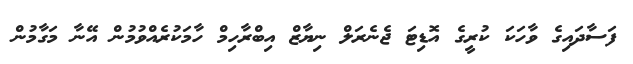
ފަސާދައިގެ ވާހަކަ ކުރީގެ އޮޑިޓަ ޖެނެރަލް ނިޔާޒް އިބްރާހިމް ހާމަކުރެއްވުމުން އޭނާ މަގާމުން